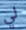
لي